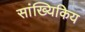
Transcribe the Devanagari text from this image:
सांख्यिकिय